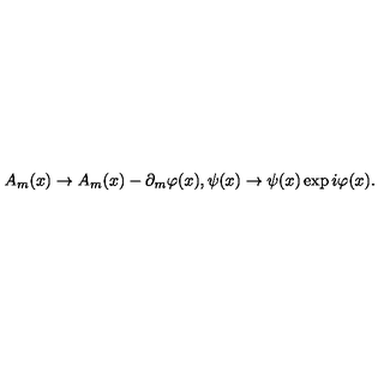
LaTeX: A _ { m } ( x ) \rightarrow { A _ { m } ( x ) - \partial _ { m } \varphi ( x ) } , \psi ( x ) \rightarrow \psi ( x ) \exp { i \varphi ( x ) } .